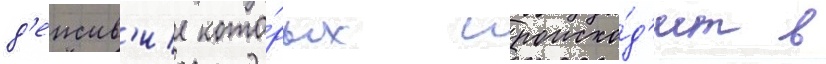
д'еиств'ие кото́рых происхо́д'ит в